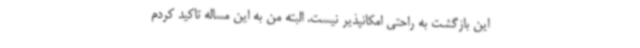
این بازگشت به راحتی امکانپذیر نیست. البته من به این مساله تاکید کردم